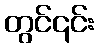
တွင်၎င်း